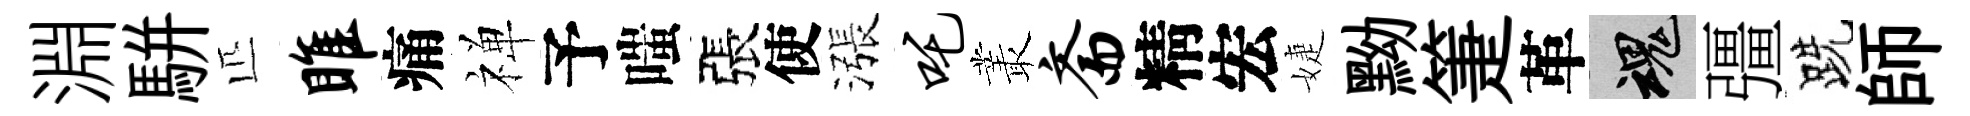
淵駢匹雎痛禅予嗤張使漲吒叢斋精宏婕黝箑革魂彊跣師